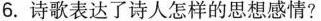
6.诗歌表达了诗人怎样的思想感情?